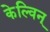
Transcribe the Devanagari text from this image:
केल्विन्